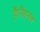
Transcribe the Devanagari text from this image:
हैं।नैशनल